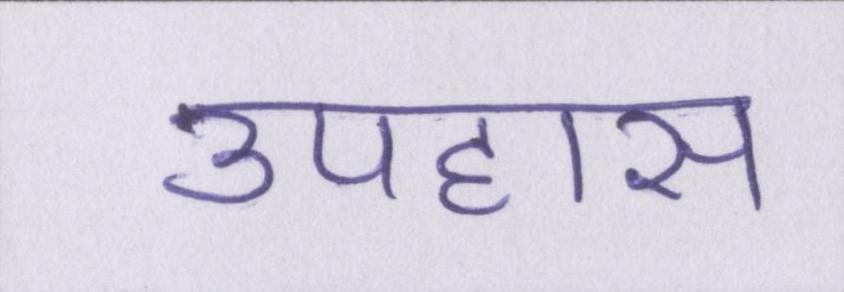
उपहास